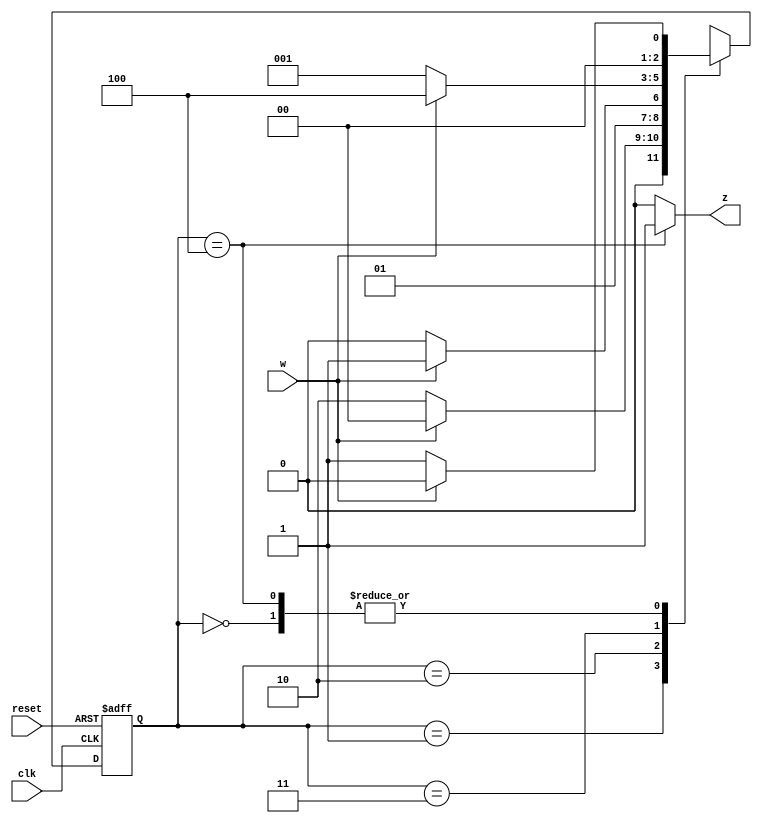
`timescale 1ns / 1ps
//////////////////////////////////////////////////////////////////////////////////
// Company: 
// Engineer: 
// 
// Design Name: 
// Module Name: moore0011
// Project Name: 
// Target Devices: 
// Tool Versions: 
// Description: 
// 
// Dependencies: 
// 
// Revision:
// Revision 0.01 - File Created
// Additional Comments:
// 
//////////////////////////////////////////////////////////////////////////////////


module top_moore0011(clk, reset, w, z);
  input clk, reset, w;    // w is the input and we are assumind active low reset
  output reg z;           // z is the output
  reg [2:0] y, Y;         // Y is a next state variable, y is a present state variable
  parameter [2:0] A = 3'b000, B = 3'b001, C = 3'b010, D = 3'b011, E = 3'b100;
  
  always @(w, y)         // Defining next sate logic
    begin
      case(y)
        A: begin
          if(w==1)
            Y = A;
          else
            Y = B;
        end
        
        B: begin
          if(w==1)
            Y = A;
          else
            Y = C;
        end
        
        C:begin
          if(w==1)
            Y = D;
          else
            Y = C;
        end
        
        D:begin
          if(w==1)
            Y = E;
          else
            Y = B;
        end
        
        E:begin
          if(w==1)
            Y = A;
          else
            Y = B;
        end
        
        default: Y = 3'bxxx;
      endcase
    end
  
  
  always @(posedge clk, negedge reset)  // defining present state logic
    begin
      if(!reset)
        y <= A;
      else
        y <= Y;
    end
  
  always @(y)              //  defining output logic
    begin
      if(y==E)
        z=1;
      else
        z=0;
    end
  
endmodule